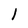
Character: 1